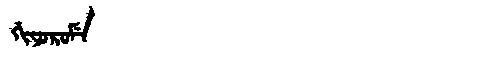
Manchu: ᡤᡳᠶᠣᡵᠣᠮᡝ
Romanization: GIYOROME